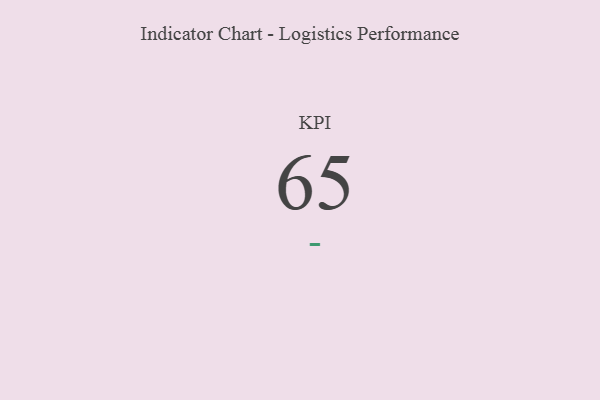
{"axis": {"x": "KPI", "y": "Value"}, "legend": [""], "data": [{"x": "KPI", "y": 65, "type": ""}]}